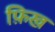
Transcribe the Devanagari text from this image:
फ़िख